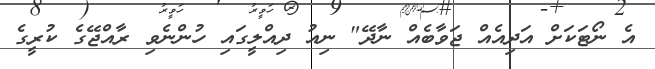
އެ ނޯޓަކަށް އަދިއެއް ޖަވާބެއް ނާދޭ" ނިއު ދިއްލީގައި ހުންނެވި ރާއްޖޭގެ ކުރީގެ